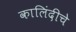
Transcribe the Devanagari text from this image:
कालिंदीचे